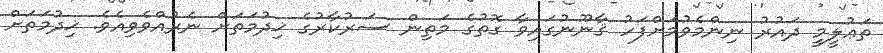
ތަޢުލީމީ ދައުރު ނިންމެވުމަށްފަހު ޤާނޫނުގައިވާ ގޮތުގެ މަތިން ސަރުކާރުގެ ޚިދުމަތަށް ނެރުއްވެވިއެވެ. ޚިދުމަތަށް